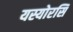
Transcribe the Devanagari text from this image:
यस्योरसि